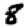
Digit: 8